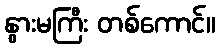
နွားမကြီး တစ်ကောင်။